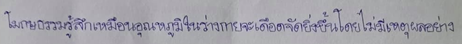
โมกษธรรมรู้สึกเหมือนอุณหภูมิในร่างกายจะเดือดจัดยิ่งขึ้นโดยไม่มีเหตุผลอย่าง